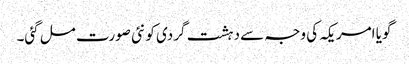
گویا امریکہ کی وجہ سے دہشت گردی کو نئی صورت مل گئی۔